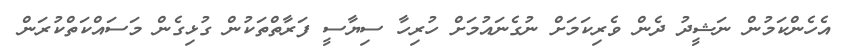
އެހެންކަމުން ނަޝީދު ދެން ވެރިކަމަށް ނުގެނައުމަށް ހުރިހާ ސިޔާސީ ފަރާތްތަކުން ގުޅިގެން މަސައްކަތްކުރަން